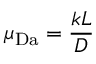
\mu _ { \mathrm { D a } } = \frac { k L } { D }